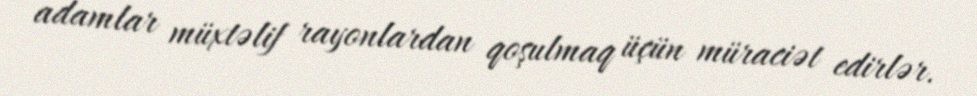
adamlar müxtəlif rayonlardan qoşulmaq üçün müraciət edirlər.